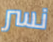
نسر